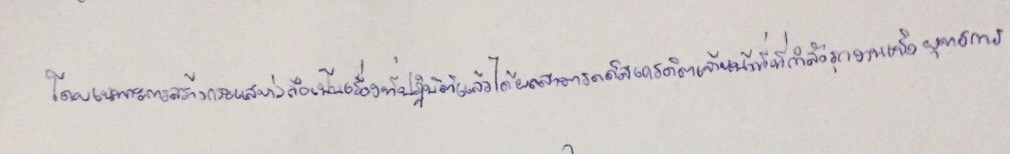
โดยเฉพาะการสร้างกระแสข่าวลือเป็นเรื่องที่ปฏิบัติแล้วได้ผลสามารถดิสเครดิตเจ้าหน้าที่ที่กำลังรุกงานเชิงยุทธการ